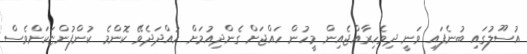
އުސޫލުގައި ބުނެފައި ވަނީ ދިވެހިރާއްޖެއިން މީހުން ހައްޖަށް ގެންދިއުމަށް ހުއްދަދެވޭ ކޮންމެ ކުންފުންޏަކަށްވެސް